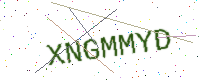
Text: XNGMMYD